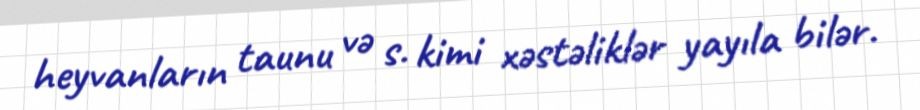
heyvanların taunu və s. kimi xəstəliklər yayıla bilər.